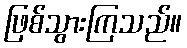
ဖြစ်သွားကြသည်။